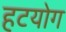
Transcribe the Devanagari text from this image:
हटयोग